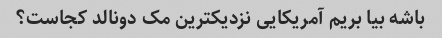
باشه بیا بریم آمریکایی نزدیکترین مک دونالد کجاست؟